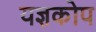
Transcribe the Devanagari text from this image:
यज्ञकोप